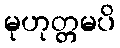
မုဟုတ္တမပိ